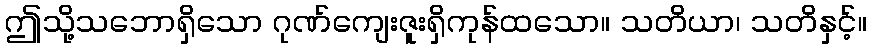
ဤသို့သဘောရှိသော ဂုဏ်ကျေးဇူးရှိကုန်ထသော။ သတိယာ၊ သတိနှင့်။